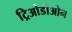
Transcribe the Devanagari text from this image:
ट्रिओडीओन